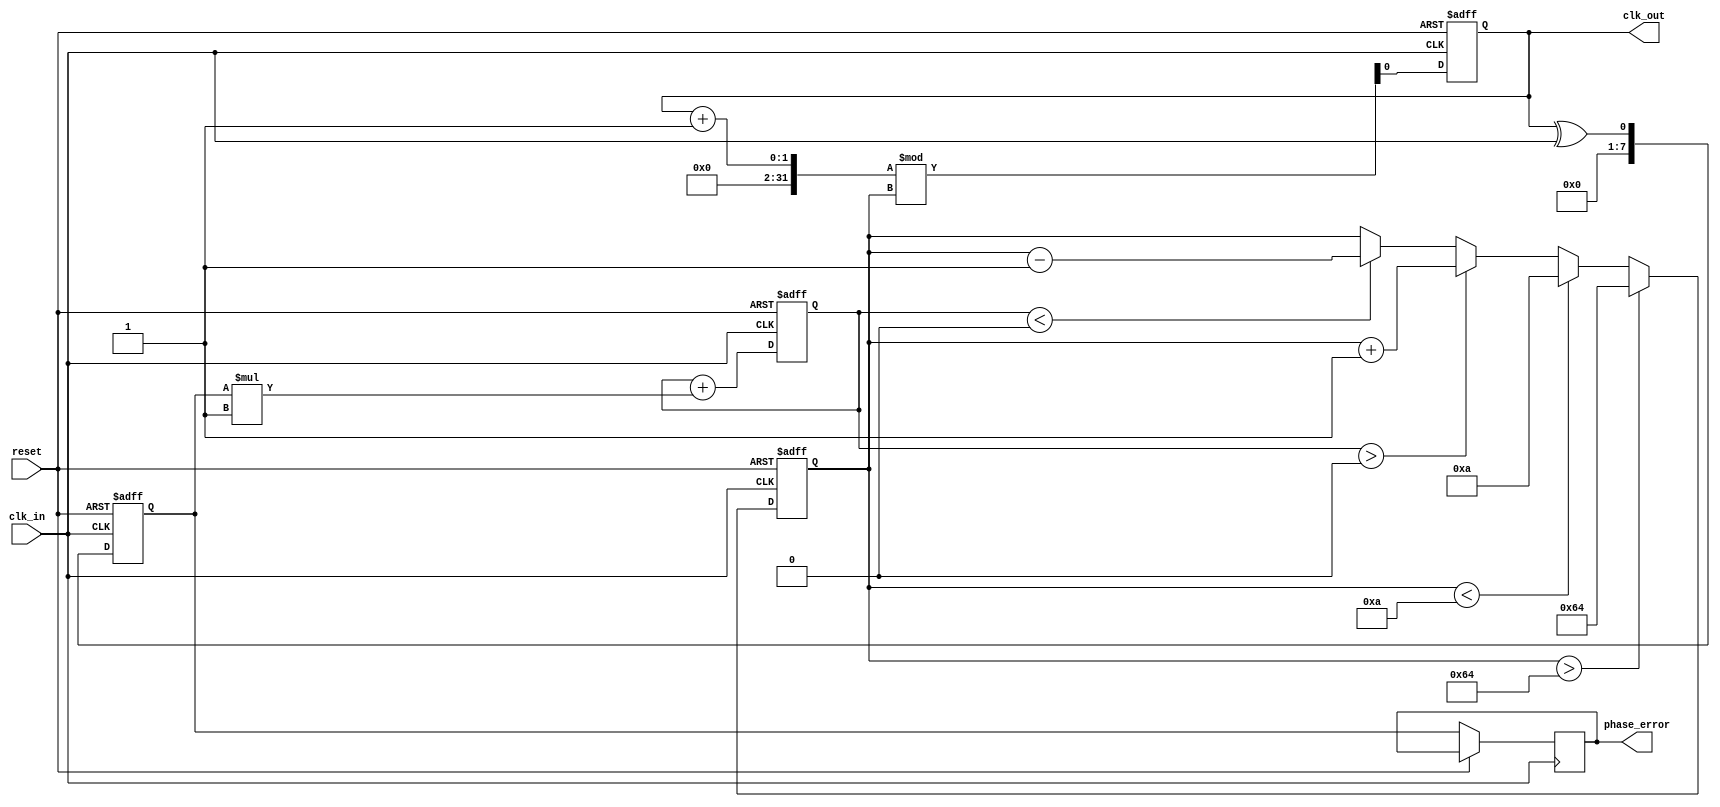
module ClockRecoveryPLL (
    input wire clk_in,         // Incoming data signal
    input wire reset,          // Reset signal
    output reg clk_out,        // Output clock signal
    output reg [7:0] phase_error // Phase error signal for debugging
);

    // Parameters for the PLL
    parameter VCO_MAX_FREQ = 100; // Max frequency of VCO
    parameter VCO_MIN_FREQ = 10;   // Min frequency of VCO
    parameter LOOP_FILTER_GAIN = 1; // Gain for the loop filter

    // Internal signals
    reg [7:0] phase_detector_out; // Output of phase detector
    reg [7:0] loop_filter_out;     // Output of loop filter
    reg [7:0] vco_freq;            // Current frequency of VCO
    reg [7:0] memory_block [0:15]; // Simple memory block (FIFO)
    integer mem_ptr;               // Pointer for memory block

    // Phase Detector: Simple XOR implementation
    always @(posedge clk_in or posedge reset) begin
        if (reset) begin
            phase_detector_out <= 0;
        end else begin
            // Compare phase of incoming data with output clock
            phase_detector_out <= clk_out ^ clk_in;
            phase_error <= phase_detector_out; // For debugging
        end
    end

    // Loop Filter: Simple first-order filter
    always @(posedge clk_in or posedge reset) begin
        if (reset) begin
            loop_filter_out <= 0;
        end else begin
            loop_filter_out <= loop_filter_out + (phase_detector_out * LOOP_FILTER_GAIN);
        end
    end

    // Voltage-Controlled Oscillator (VCO)
    always @(posedge clk_in or posedge reset) begin
        if (reset) begin
            vco_freq <= VCO_MIN_FREQ;
            clk_out <= 0;
        end else begin
            // Adjust VCO frequency based on loop filter output
            if (loop_filter_out > 0) begin
                vco_freq <= vco_freq + 1; // Increase frequency
            end else if (loop_filter_out < 0) begin
                vco_freq <= vco_freq - 1; // Decrease frequency
            end
            
            // Limit VCO frequency
            if (vco_freq > VCO_MAX_FREQ) begin
                vco_freq <= VCO_MAX_FREQ;
            end else if (vco_freq < VCO_MIN_FREQ) begin
                vco_freq <= VCO_MIN_FREQ;
            end
            
            // Generate output clock based on VCO frequency
            clk_out <= (clk_out + 1) % vco_freq;
        end
    end

    // Memory Block: Simple FIFO structure
    always @(posedge clk_in or posedge reset) begin
        if (reset) begin
            mem_ptr <= 0;
        end else begin
            // Store phase error in memory block
            memory_block[mem_ptr] <= phase_detector_out;
            mem_ptr <= (mem_ptr + 1) % 16; // Circular buffer
        end
    end

endmodule